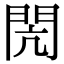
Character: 閌